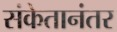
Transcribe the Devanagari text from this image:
संकेतानंतर